Malaria in the Punjab - Number 46
Disease focus: Malaria
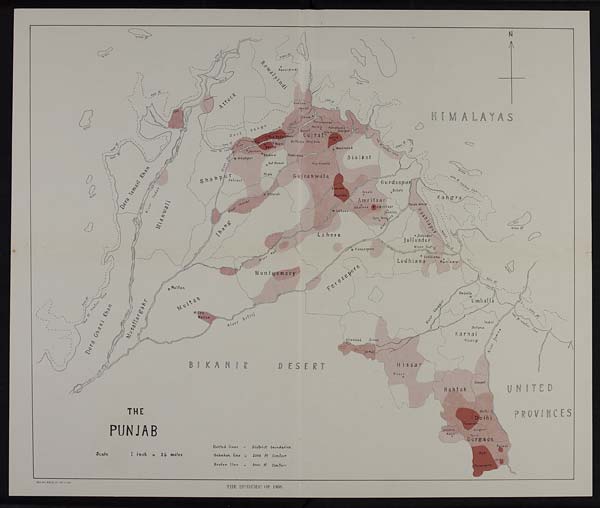
THE
PUNJAB
Scale 1 inch = 24 miles
HIMALAYAS
BJKANIR DESERT
Dotted lines = District boundaries
Unbroken line = 1000 ft Contour
Broken Line = 2000 ft Contour
THE EPIDEMIC OF 1908.
R e g N o . 3 1 2 3 E . 1 1 —H —1 , 2 0 4 .